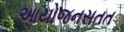
આયોજનસતત